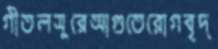
গীতলসুরেআগুতেরোগবৃদ্